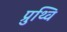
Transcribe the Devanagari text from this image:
प्रुथ्वि